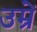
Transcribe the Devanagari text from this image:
उम्रें